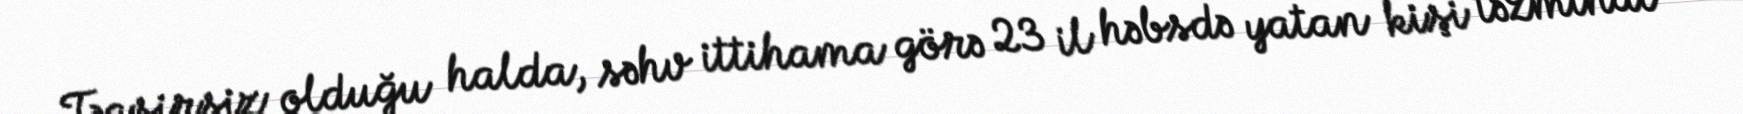
Təqsirsiz olduğu halda, səhv ittihama görə 23 il həbsdə yatan kişi təzminat